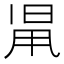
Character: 𣆨